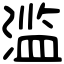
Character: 滥